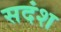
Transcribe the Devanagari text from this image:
सदंश